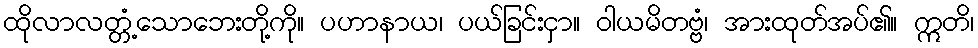
ထိုလာလတ္တံ့သောဘေးတို့ကို။ ပဟာနာယ၊ ပယ်ခြင်းငှာ။ ဝါယမိတဗ္ဗံ၊ အားထုတ်အပ်၏။ ဣတိ၊